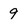
Character: 9